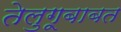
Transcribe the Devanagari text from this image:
तेलुगूबाबत